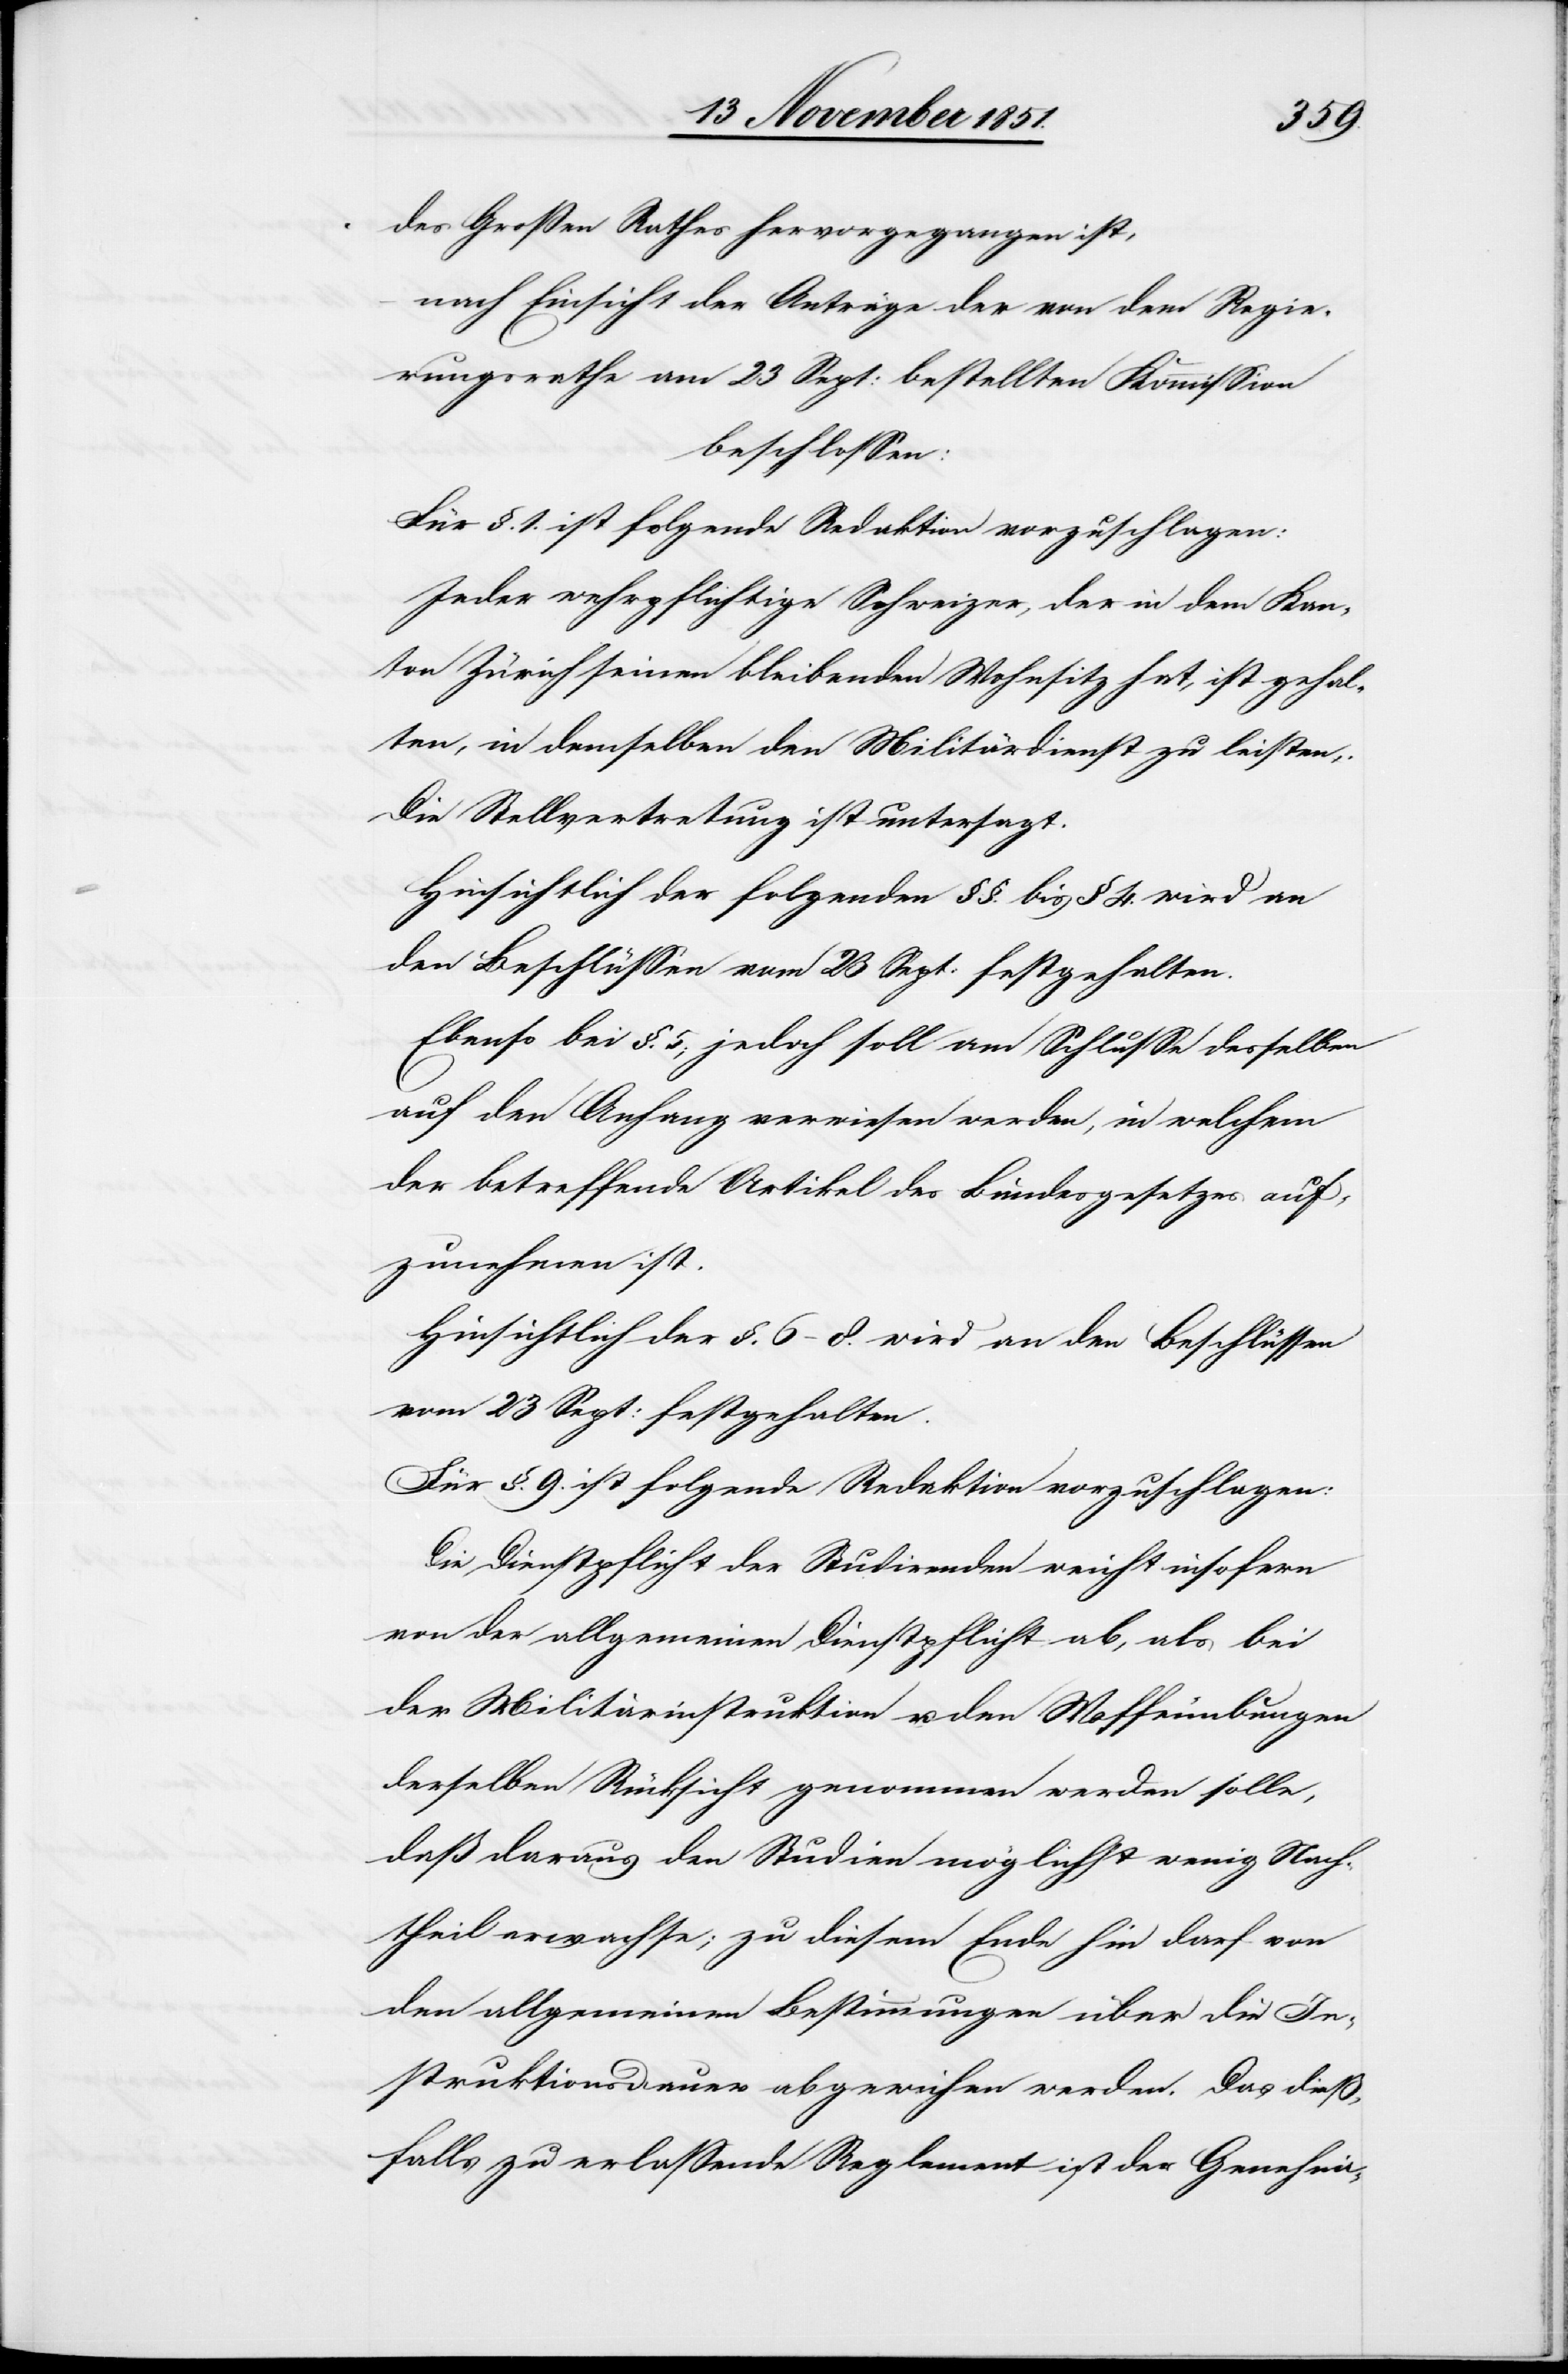
des Großen Rathes hervorgegangen ist,
nach Einsicht der Anträge der von dem Regie¬
rungsrathe am 23 Sept: bestellten Kommission
beschlossen:
Für §. 1. ist folgende Redaktion vorzuschlagen:
Jeder wehrpflichtige Schweizer, der in dem Kan¬
ton Zürich seinen bleibenden Wohnsitz hat, ist gehal¬
ten, in demselben den Militärdienst zu leisten.
Die Stellvertretung ist untersagt.
Hinsichtlich der folgenden §§. bis § 4. wird an
den Beschlüssen vom 23 Sept: festgehalten.
Ebenso bei §. 5; jedoch soll am Schlusse desselben
auf den Anhang verwiesen werden, in welchem
der betreffende Artikel des Bundesgesetzes auf¬
zunehmen ist.
Hinsichtlich der §[§]. 6–8. wird an den Beschlüssen
vom 23 Sept: festgehalten.
Für §. 9. ist folgende Redaktion vorzuschlagen:
Die Dienstpflicht der Studirenden weicht insofern
von der allgemeinen Dienstpflicht ab, als bei
der Militärinstruktion u. den Waffenübungen
derselben Rücksicht genommen werden solle,
daß daraus den Studien möglichst wenig Nach¬
theil erwachse; zu diesem Ende hin darf von
den allgemeinen Bestimmungen über die In¬
struktionsdauer abgewichen werden. Das dieß¬
falls zu erlassende Reglement ist der Genehmi-